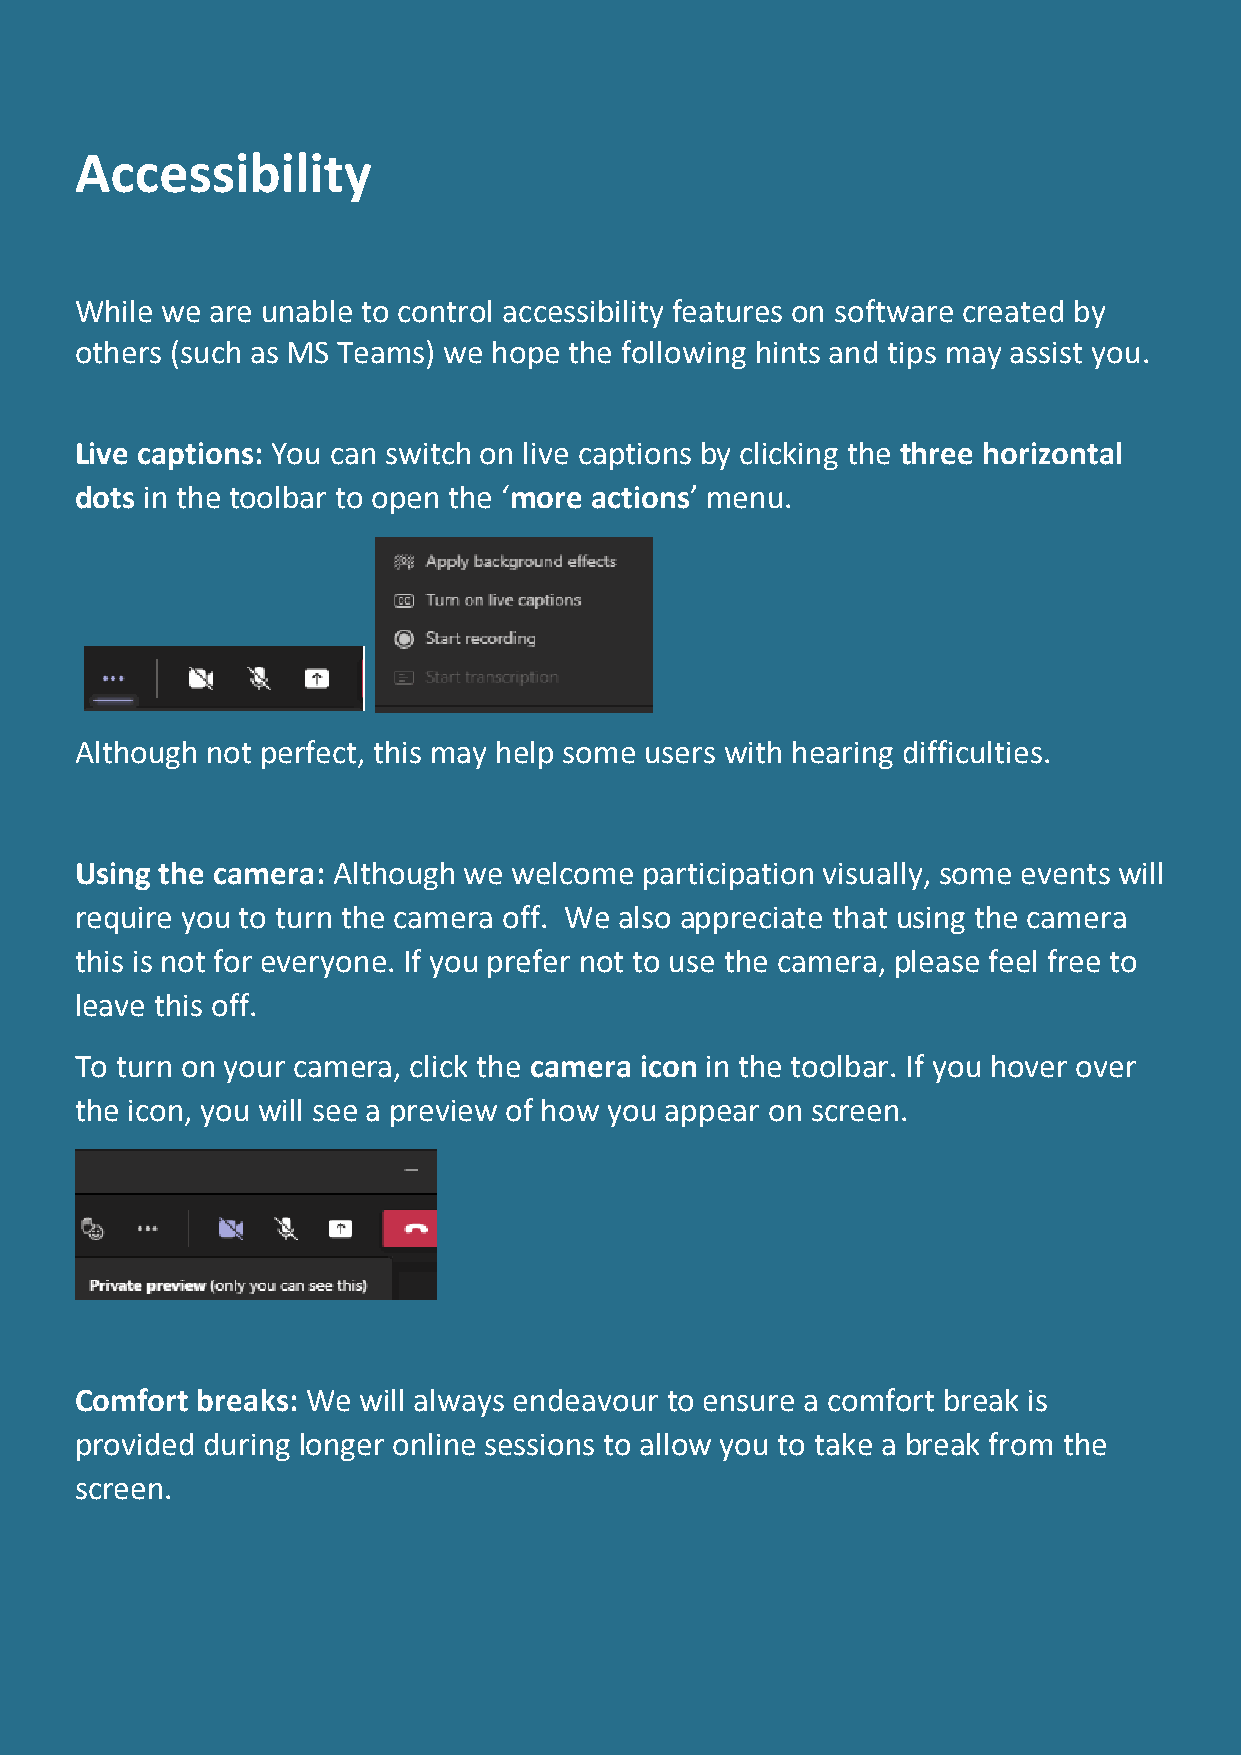
Accessibility
 While we are unable to control accessibility features on software created by
 others (such as MS Teams) we hope the following hints and tips may assist you.
 Live captions: You can switch on live captions by clicking the three horizontal
 dots in the toolbar to open the ‘more actions’ menu.
 Although not perfect, this may help some users with hearing difficulties.
 Using the camera: Although we welcome participation visually, some events will
 require you to turn the camera off. We also appreciate that using the camera
 this is not for everyone. If you prefer not to use the camera, please feel free to
 leave this off.
 To turn on your camera, click the camera icon in the toolbar. If you hover over
 the icon, you will see a preview of how you appear on screen.
 Comfort breaks: We will always endeavour to ensure a comfort break is
 provided during longer online sessions to allow you to take a break from the
 screen.